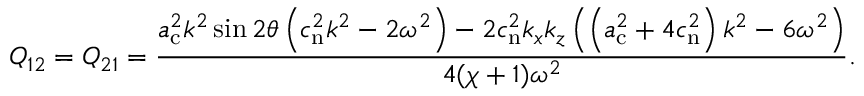
Q _ { 1 2 } = Q _ { 2 1 } = \frac { a _ { \mathrm { c } } ^ { 2 } k ^ { 2 } \sin 2 \theta \left( c _ { \mathrm { n } } ^ { 2 } k ^ { 2 } - 2 \omega ^ { 2 } \right) - 2 c _ { \mathrm { n } } ^ { 2 } k _ { x } k _ { z } \left( \left( a _ { \mathrm { c } } ^ { 2 } + 4 c _ { \mathrm { n } } ^ { 2 } \right) k ^ { 2 } - 6 \omega ^ { 2 } \right) } { 4 ( \chi + 1 ) \omega ^ { 2 } } .